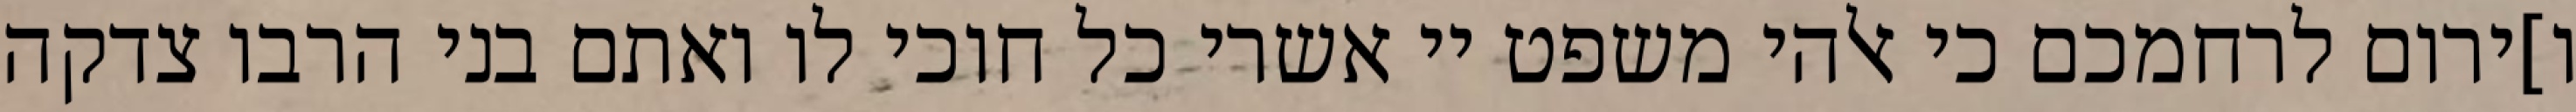
ו]ירום לרחמכם כי אלהי משפט יי אשרי כל חוכי לו ואתם בני הרבו צדקה